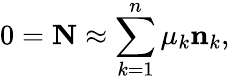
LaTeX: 0={\mathbf N}\approx\sum_{k=1}^{n}\mu_{k}{\mathbf n}_{k},